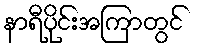
နာရီပိုင်းအကြာတွင်